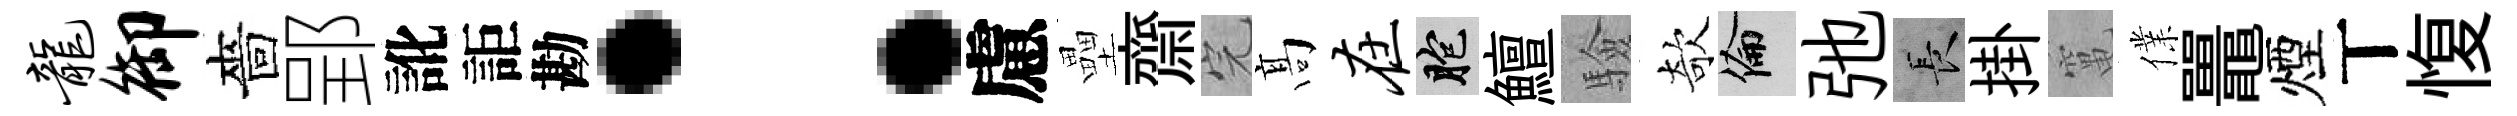
龙御嗇郢訛詎勘：慮壘齋完髙在胞鱣驗欹倫弛长掛𥧄㒒鼉煙丅愎